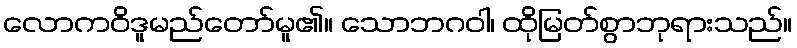
လောကဝိဒူမည်တော်မူ၏။ သောဘဂဝါ၊ ထိုမြတ်စွာဘုရားသည်။